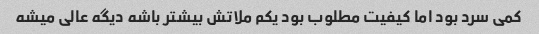
کمی سرد بود اما کیفیت مطلوب بود یکم ملاتش بیشتر باشه دیگه عالی میشه